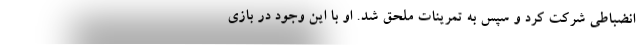
انضباطی شرکت کرد و سپس به تمرینات ملحق شد. او با این وجود در بازی